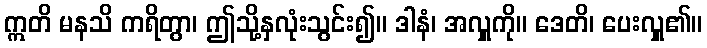
ဣတိ မနသိ ကရိတွာ၊ ဤသို့နှလုံးသွင်း၍။ ဒါနံ၊ အလှူကို။ ဒေတိ၊ ပေးလှူ၏။